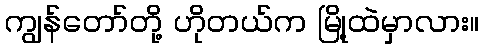
ကျွန်တော်တို့ ဟိုတယ်က မြို့ထဲမှာလား။